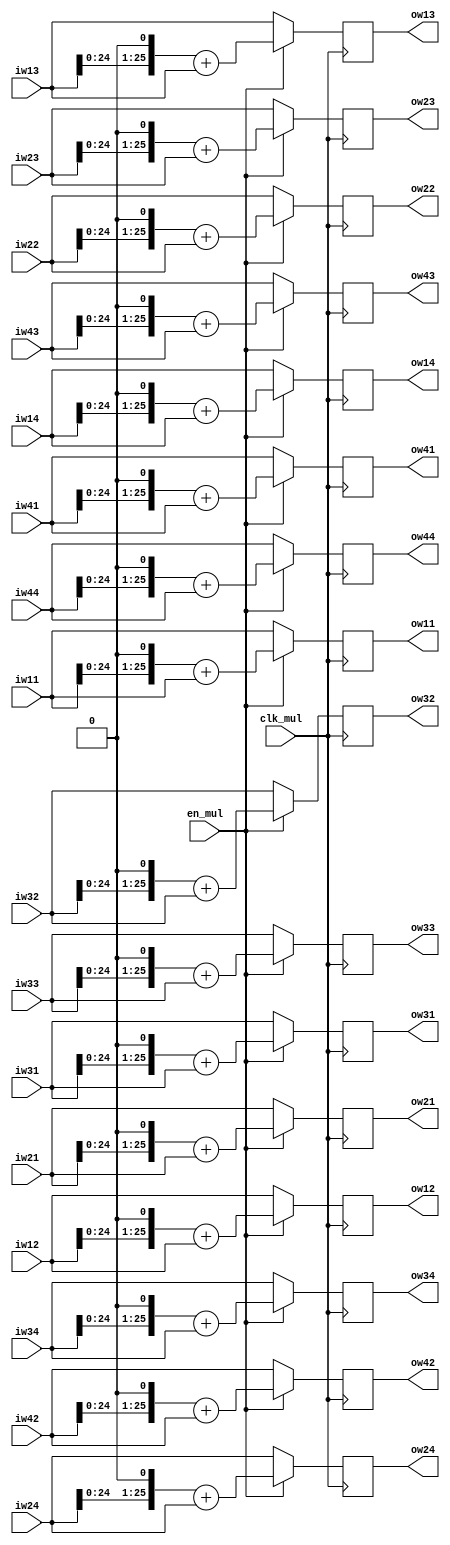
module ONE_UNIT_MUL5 (
    input clk_mul,
    input en_mul,

    input signed [25:0] iw11, iw12, iw13, iw14,
    input signed [25:0] iw21, iw22, iw23, iw24,
    input signed [25:0] iw31, iw32, iw33, iw34,
    input signed [25:0] iw41, iw42, iw43, iw44,

    output reg signed [25:0] ow11, ow12, ow13, ow14,
    output reg signed [25:0] ow21, ow22, ow23, ow24,
    output reg signed [25:0] ow31, ow32, ow33, ow34,
    output reg signed [25:0] ow41, ow42, ow43, ow44
);

always @(posedge clk_mul) begin
    if (en_mul) begin
        ow11 <= (iw11 <<< 1) + iw11;
        ow12 <= (iw12 <<< 1) + iw12;
        ow13 <= (iw13 <<< 1) + iw13;
        ow14 <= (iw14 <<< 1) + iw14;
        ow21 <= (iw21 <<< 1) + iw21;
        ow22 <= (iw22 <<< 1) + iw22;
        ow23 <= (iw23 <<< 1) + iw23;
        ow24 <= (iw24 <<< 1) + iw24;
        ow31 <= (iw31 <<< 1) + iw31;
        ow32 <= (iw32 <<< 1) + iw32;
        ow33 <= (iw33 <<< 1) + iw33;
        ow34 <= (iw34 <<< 1) + iw34;
        ow41 <= (iw41 <<< 1) + iw41;
        ow42 <= (iw42 <<< 1) + iw42;
        ow43 <= (iw43 <<< 1) + iw43;
        ow44 <= (iw44 <<< 1) + iw44;
    end else begin
        ow11 <= iw11;
        ow12 <= iw12;
        ow13 <= iw13;
        ow14 <= iw14;
        ow21 <= iw21;
        ow22 <= iw22;
        ow23 <= iw23;
        ow24 <= iw24;
        ow31 <= iw31;
        ow32 <= iw32;
        ow33 <= iw33;
        ow34 <= iw34;
        ow41 <= iw41;
        ow42 <= iw42;
        ow43 <= iw43;
        ow44 <= iw44;
    end
end
    
endmodule